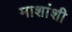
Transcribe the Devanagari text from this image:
माशांशी